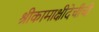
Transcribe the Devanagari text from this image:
श्रीकामाक्षीदेचीची